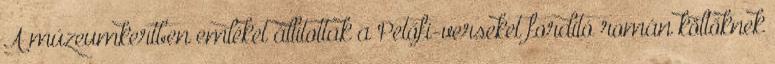
A múzeumkertben emléket állítottak a Petőfi-verseket fordító román költőknek